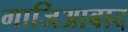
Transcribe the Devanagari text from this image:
गाजिआबाद